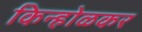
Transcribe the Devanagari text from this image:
किन्होळकर